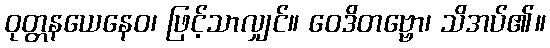
ဝုတ္တနယေနေဝ၊ ဖြင့်သာလျှင်။ ဝေဒိတဗ္ဗော၊ သိအပ်၏။